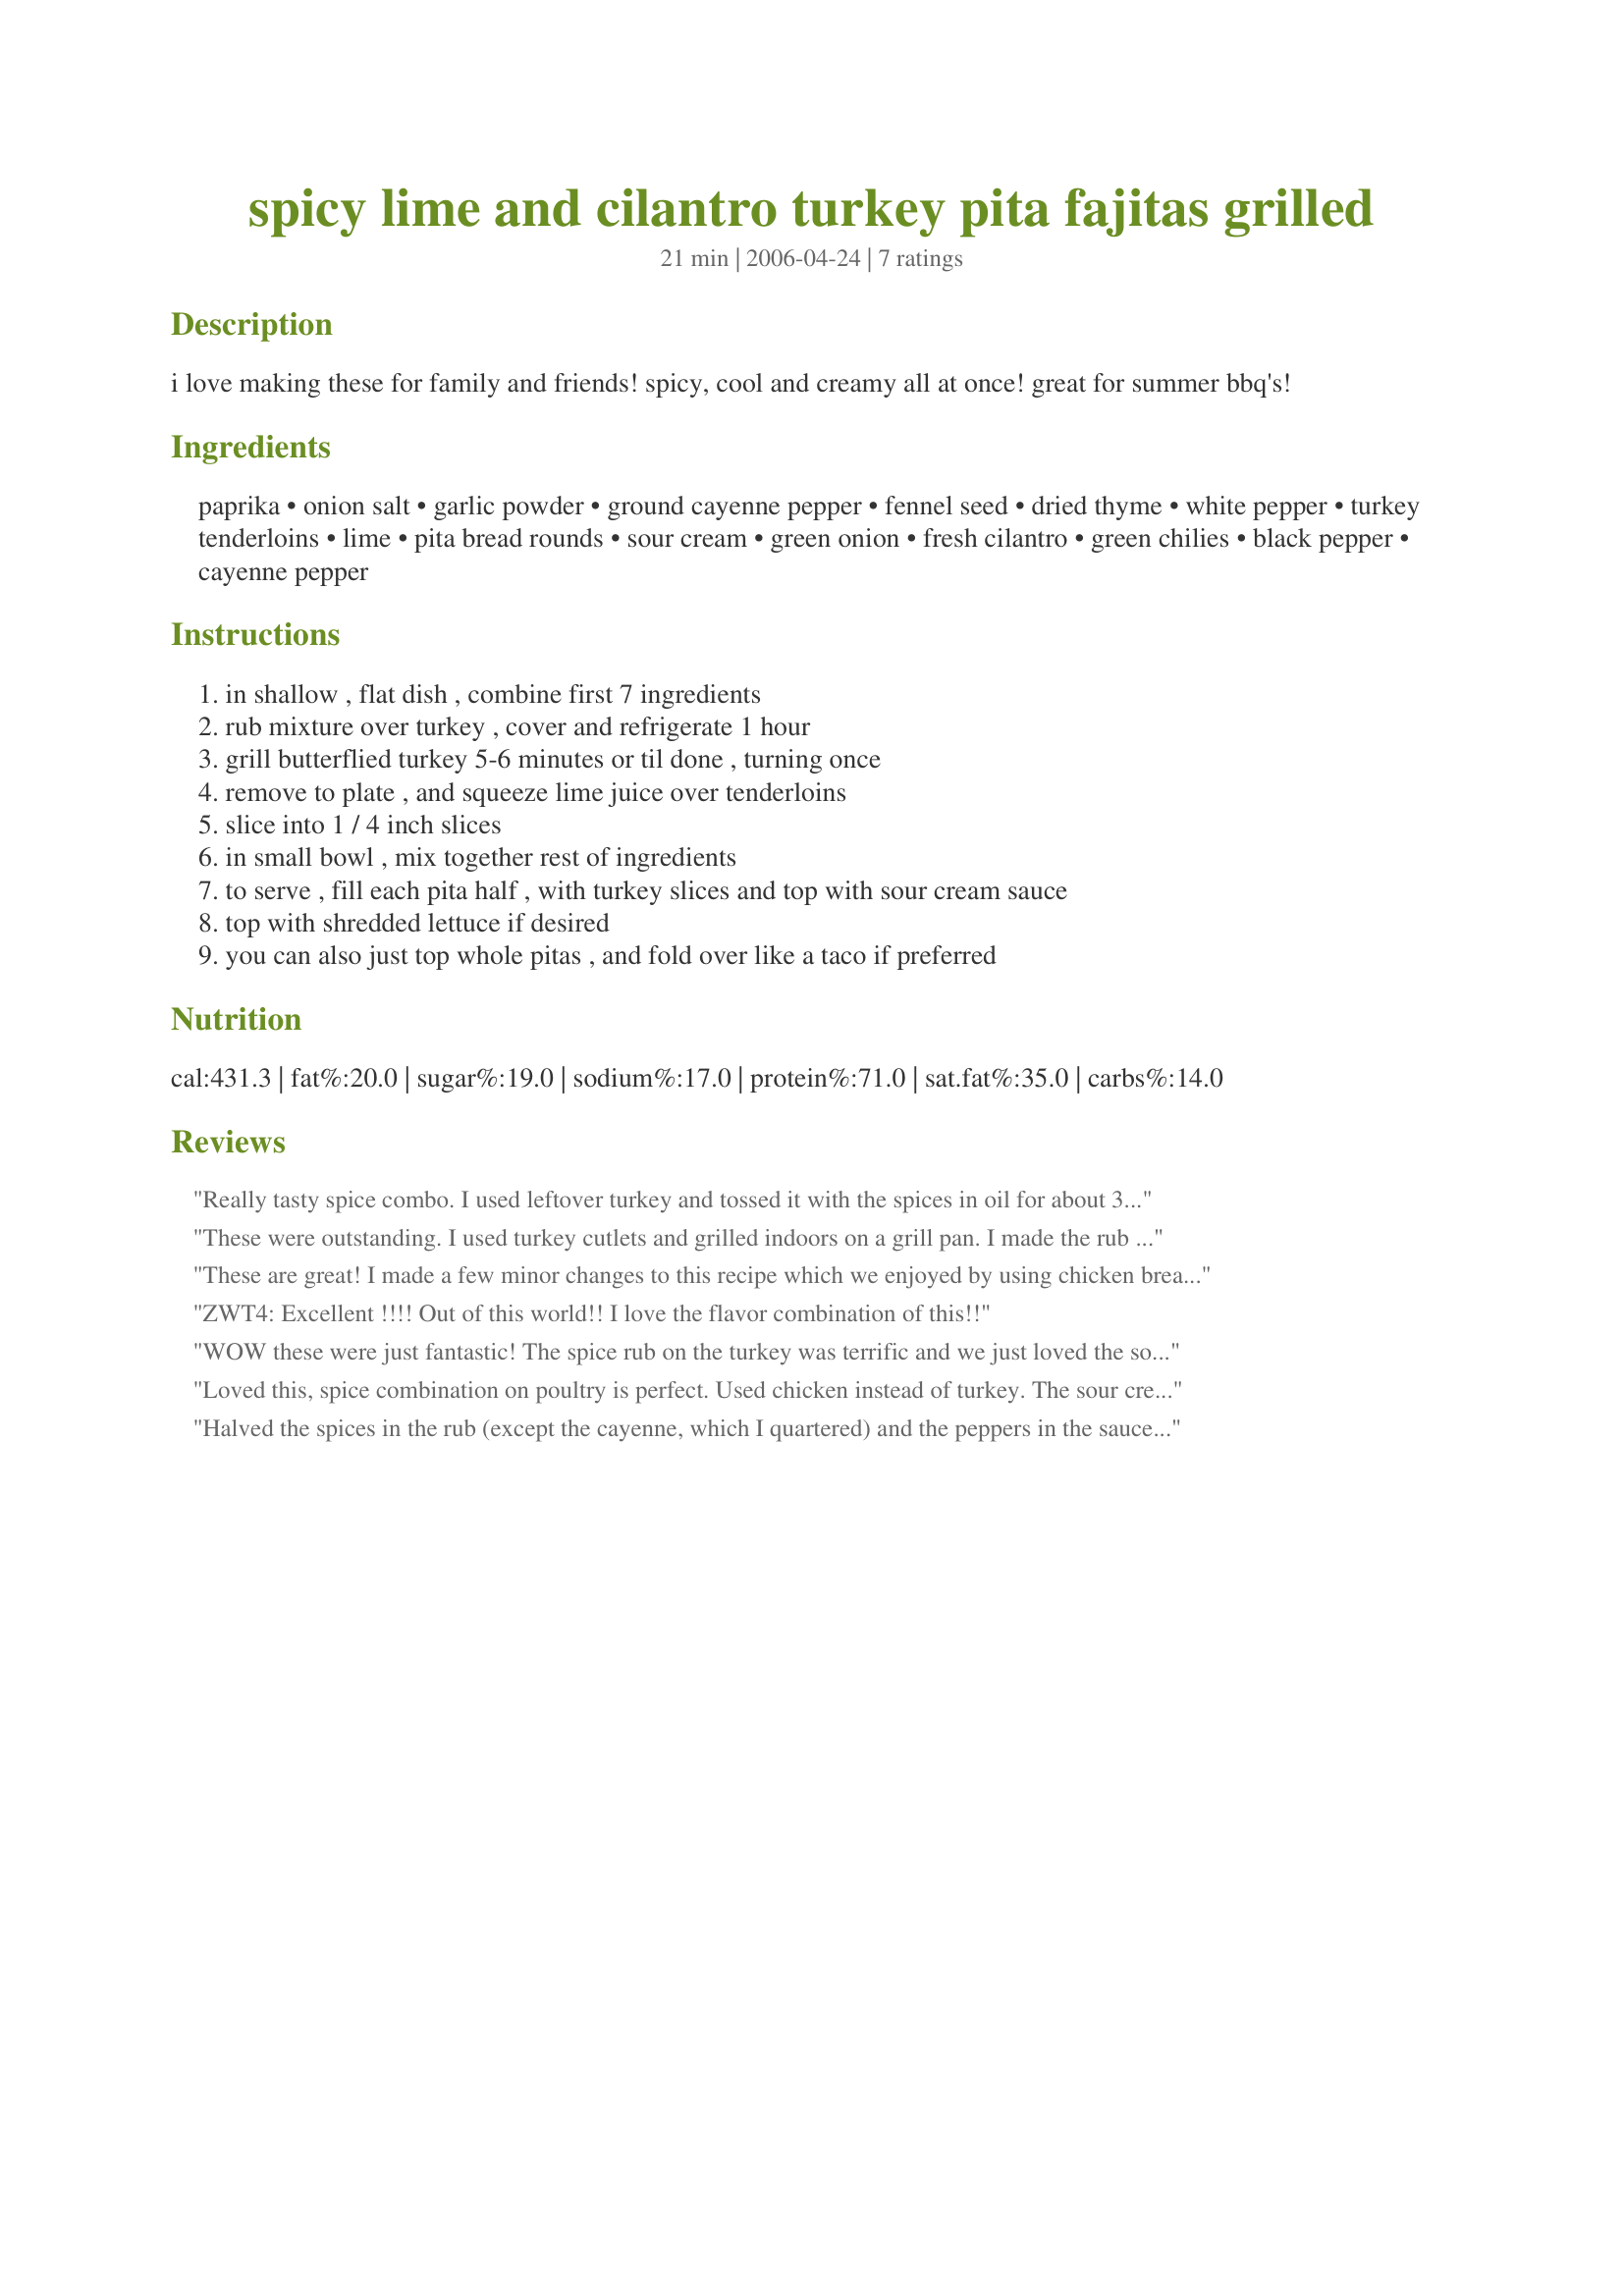
spicy lime and cilantro turkey pita fajitas grilled
Preparation time: 21 minutes

i love making these for family and friends! spicy, cool and creamy all at once! great for summer bbq's!

Ingredients:
paprika, onion salt, garlic powder, ground cayenne pepper, fennel seed, dried thyme, white pepper, turkey tenderloins, lime, pita bread rounds, sour cream, green onion, fresh cilantro, green chilies, black pepper, cayenne pepper

Steps:
in shallow , flat dish , combine first 7 ingredients
rub mixture over turkey , cover and refrigerate 1 hour
grill butterflied turkey 5-6 minutes or til done , turning once
remove to plate , and squeeze lime juice over tenderloins
slice into 1 / 4 inch slices
in small bowl , mix together rest of ingredients
to serve , fill each pita half , with turkey slices and top with sour cream sauce
top with shredded lettuce if desired
you can also just top whole pitas , and fold over like a taco if preferred

Reviews:
Really tasty spice combo. I used leftover turkey and tossed it with the spices in oil for about 3 minutes until it was warmed through. We used wraps instead of pitas. The sour cream sauce was great! Next time I would use the pitas as said. Use the cilantro (not parsley). Great way to use leftovers!!
These were outstanding. I used turkey cutlets and grilled indoors on a grill pan. I made the rub for the turkey as directed. I was concerned the sour cream sauce would be to spicy so I started with half of the black pepper and cayenne pepper and tasted. I ended up making the sour cream sauce as directed and it all was delicious. It had a nice bit of kick but not overwhelming. Oh, and I forgot the lime but I bet it would have been great. Will definitely have to remember the lime the next time I make these. Thanks for sharing! Made for Best of 2013 tag.
These are great! I made a few minor changes to this recipe which we enjoyed by using chicken breasts (instead of turkey), skipping the paprika and fennel (out of) and instead of the green chilies I used 1 jalapeno. I also used fat free sour cream and whole grain pita bread. Great pita sandwiches which we served with fruit salad. Thanks for sharing this keeper which we will be having often!
ZWT4: Excellent !!!! Out of this world!! I love the flavor combination of this!!
WOW these were just fantastic! The spice rub on the turkey was terrific and we just loved the sour cream sauce as well. Made our own pitas on the grill before grilling the turkey (recipe #209486) and enjoyed a wonderful meal - thanks for sharing the recipe! Made for Spring Pick-A-Chef 2013
Loved this, spice combination on poultry is perfect. Used chicken instead of turkey. The sour cream sauce I changed slightly-halved the green onion and peppers, and glad I did. Served with recipe#209486. Thank you for a wonderful meal.
Halved the spices in the rub (except the cayenne, which I quartered) and the peppers in the sauce, and this was still a super spicy dish!
